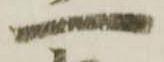
一